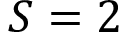
S = 2